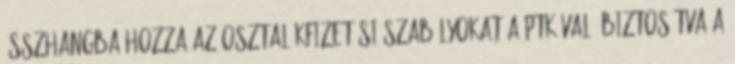
összhangba hozza az osztalékfizetési szabályokat a Ptk-val, biztosítva a